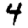
Digit: 4